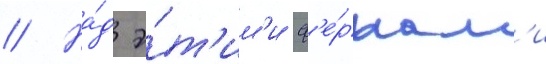
// На́д э́т'им'и ф'е́рмам'и